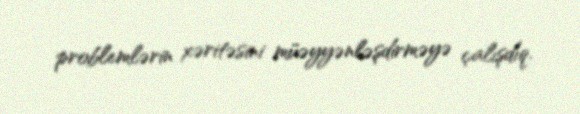
problemlərin xəritəsini müəyyənləşdirməyə çalışdıq.